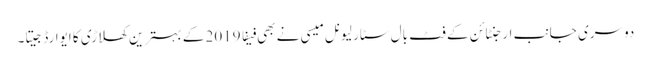
دوسری جانب ارجنٹائن کے فٹ بال سٹار لیونل میسی نے بھی فیفا 2019 کے بہترین کھلاڑی کا ایوارڈ جیتا۔